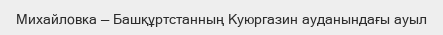
Михайловка — Башқұртстанның Куюргазин ауданындағы ауыл